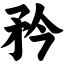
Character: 矜